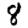
Digit: 8